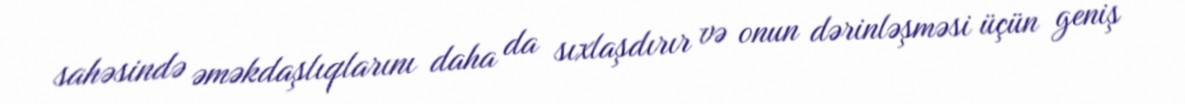
sahəsində əməkdaşlıqlarını daha da sıxlaşdırır və onun dərinləşməsi üçün geniş